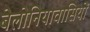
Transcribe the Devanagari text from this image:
बेलोनियावासियों